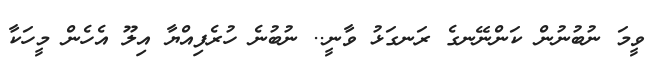
ވީމަ ނުބުނުން ކަންނޭނގެ ރަނގަޅު ވާނީ.. ނުބުނެ ހުރެފިއްޔާ އިލޫ އެހެން މީހަކާ